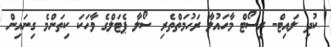
ކުދި ލައިޓް- ރިސޯޓް މާހައުލާ ރަހުމަތްތެރި ސޯލާ ޕެޓަލްގެ ވާހަކަ ކިތަންމެ ގިނައިން